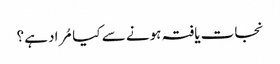
نجات یافتہ ہونے سے کیا مُراد ہے؟